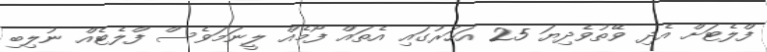
ފްލެޓަށް އެދި ވޭތުވެދިޔަ 25 އަހަރުގައި އެތައް ފޯމެއް ލީނަމަވެސް ފްލެޓެއް ނުލިބި